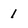
Character: 1